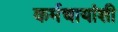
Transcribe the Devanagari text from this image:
कर्मचायांशी